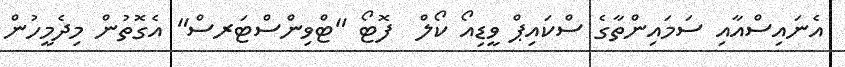
އެނައިސްއާއި ސަމައިންތާގެ ސްކައިޕް ވީޑިއޯ ކޯލް  ފޮޓޯ "ޓްވިންސްޓަރސް" އެގޮތުން މިދެމީހުން